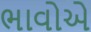
ભાવોએ